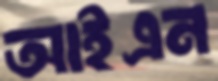
আইএন